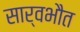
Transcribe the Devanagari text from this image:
सार्वभौत